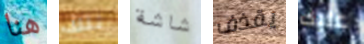
هنا تلك شاشة يقذف عليك